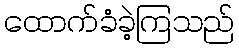
ထောက်ခံခဲ့ကြသည်